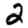
Digit: 2